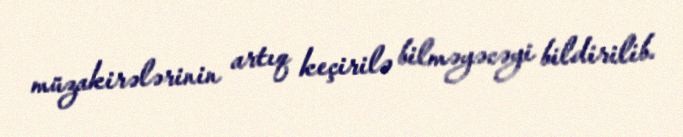
müzakirələrinin artıq keçirilə bilməyəcəyi bildirilib.